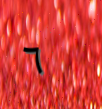
٦